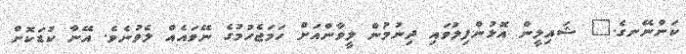
ކަންނޭނގެ." ޝައިލީން އޮޅުންފިލުވައި ދިނުމުން ލީވާންއަށް ހަމަޖެހުމުގެ ނޭވައެއް ލެވުނެވެ. އޭނާ ކުޑަކޮށް